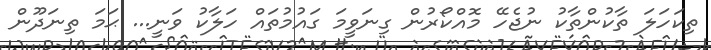
ތިކަހަލަ ތާކުންތާކު ނުޖެހޭ މޮއްކޯރުން ގިނަވީމަ ގައުމުތައް ހަލާކު ވަނީ... ޙަމަ ތިނަދޫން